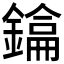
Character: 𫓂